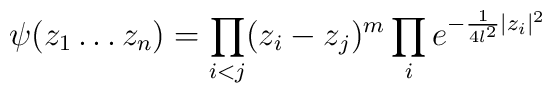
\psi(z_1\ldots z_n)=\prod_{i<j} (z_i -z_j )^m\prod_i e^{-\frac{1}{4 l^2}|z_i|^2}